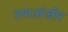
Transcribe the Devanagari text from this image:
रामअंजीर